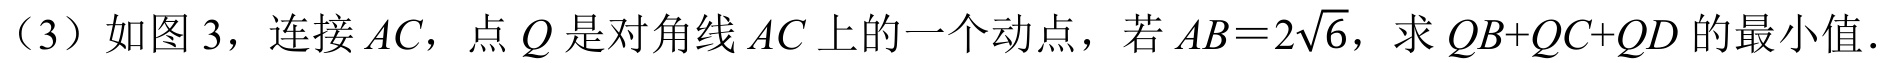
（3）如图 3，连接 \(AC\)，点 \(Q\) 是对角线 \(AC\) 上的一个动点，若 \(AB = 2\sqrt{6}\)，求 \(QB + QC + QD\) 的最小值.